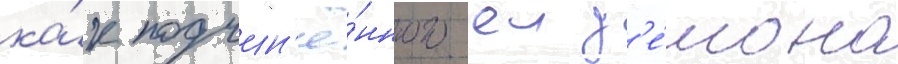
ка́к подчин'ё́нного еи д'е́мона